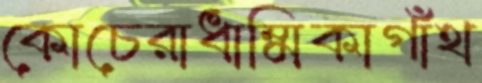
কোচেরাধাম্মিকাগাঁথ